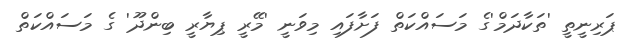
ޕަރިނީތީ 'ތަކާދަމް'ގެ މަސައްކަތް ފަށާފައި މިވަނީ 'މޭރީ ޕިޔާރީ ބިންދޫ' ގެ މަސައްކަތް